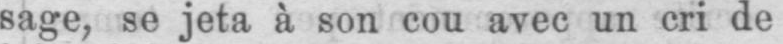
sage, se jeta à son cou avec un cri de